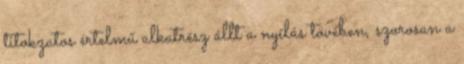
titokzatos értelmű alkatrész állt a nyílás tövében, szorosan a